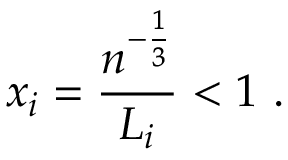
x _ { i } = \frac { n ^ { - \frac { 1 } { 3 } } } { L _ { i } } < 1 \ .